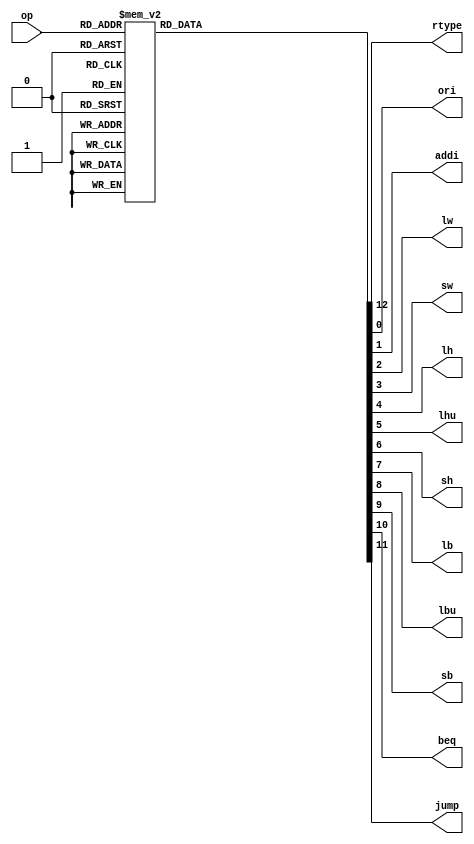
module IC(op, rtype, ori, addi, lw, sw, lh, lhu, sh, lb, lbu, sb, beq, jump); //instruction classify
    input [5:0] op;
    output reg rtype, ori, addi, lw, sw, lh, lhu, sh, lb, lbu, sb, beq, jump;
    always @(op)
    begin //
        rtype = 0;
        ori = 0;
        addi = 0;
        lw = 0;
        sw = 0;
        lh = 0;
        lhu =0;
        sh = 0;
        lb = 0;
        lbu = 0;
        sb = 0;
        beq = 0;
        jump = 0;
        case (op)
            6'b000000: rtype = 1;
            6'b001101: ori = 1;
            6'b001000: addi = 1;
            6'b100011: lw = 1;
            6'b101011: sw = 1;
            6'b100001: lh = 0;
            6'b100101: lhu =0;
            6'b101001: sh = 0;
            6'b100000: lb = 0;
            6'b100100: lbu = 0;
            6'b101000: sb = 0;
            6'b000100: beq = 1;
            6'b000010: jump = 1;
            default://don't occur
            begin
                rtype = 0;
                ori = 0;
                addi = 0;
                lw = 0;
                sw = 0;
                lh = 0;
                lhu =0;
                sh = 0;
                lb = 0;
                lbu = 0;
                sb = 0;
                beq = 0;
                jump = 0;
            end
        endcase
    end

endmodule